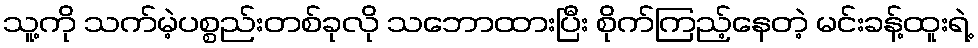
သူ့ကို သက်မဲ့ပစ္စည်းတစ်ခုလို သဘောထားပြီး စိုက်ကြည့်နေတဲ့ မင်းခန့်ထူးရဲ့